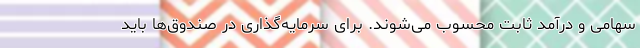
سهامی و درآمد ثابت محسوب می‌شوند. برای سرمایه‌گذاری در صندوق‌ها باید